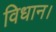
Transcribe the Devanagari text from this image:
विधान।